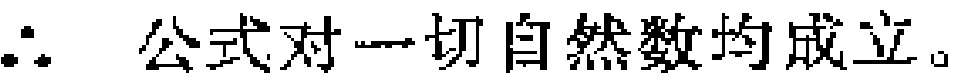
\(\therefore\) 公式对一切自然数均成立。